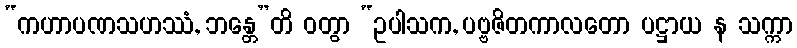
“ကဟာပဏသဟဿံ, ဘန္တေ”တိ ဝတွာ “ဥပါသက, ပဗ္ဗဇိတကာလတော ပဋ္ဌာယ န သက္ကာ